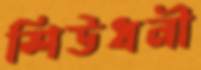
শিউধনী